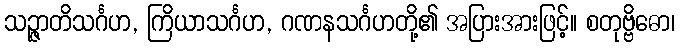
သဉ္ဇာတိသင်္ဂဟ, ကြိယာသင်္ဂဟ, ဂဏနသင်္ဂဟတို့၏ အပြားအားဖြင့်။ စတုဗ္ဗိဓော၊